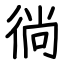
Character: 徜